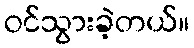
ဝင်သွားခဲ့တယ်။